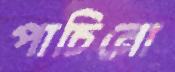
পাচিনো